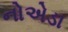
નોએડા